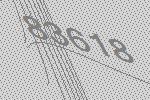
83618